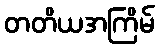
တတိယအကြိမ်